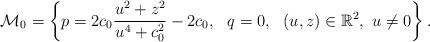
LaTeX: \begin{align*}\mathcal{M}_0=\left\{p=2c_0\frac{u^2+z^2}{u^4+c_0^2}-2c_0,\ \ q=0,\ \ (u,z)\in \mathbb{R}^2,\ u\neq 0\right\}.\end{align*}